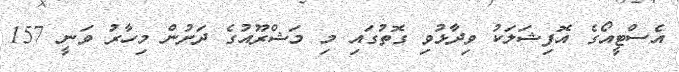
އެސްޓީއޯގެ އޮފިޝަލަކު ވިދާޅުވި ގޮތުގައި މި މަޝްރޫއުގެ ދަށުން މިހާރު ވަނީ 157